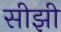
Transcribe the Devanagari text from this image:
सीझी